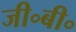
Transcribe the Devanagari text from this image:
जी॰बी॰